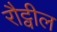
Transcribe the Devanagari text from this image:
रौट्वील